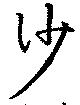
沙